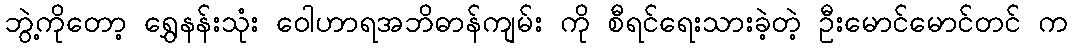
ဘွဲ့ကိုတော့ ရွှေနန်းသုံး ဝေါဟာရအဘိဓာန်ကျမ်း ကို စီရင်ရေးသားခဲ့တဲ့ ဦးမောင်မောင်တင် က